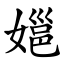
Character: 㜉